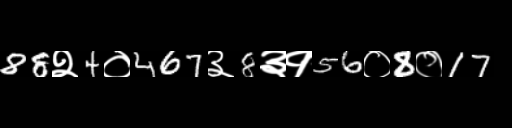
Text: 88२4०467३8३१56०8०17